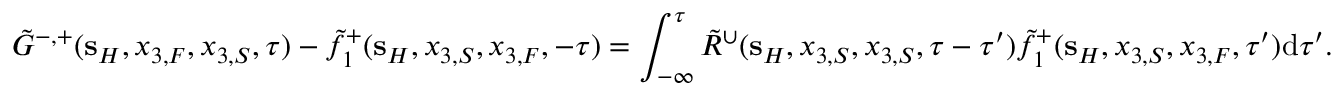
\tilde { G } ^ { - , + } ( { \bf s } _ { H } , x _ { 3 , F } , x _ { 3 , S } , \tau ) - \tilde { f } _ { 1 } ^ { + } ( { \bf s } _ { H } , x _ { 3 , S } , x _ { 3 , F } , - \tau ) = \int _ { - \infty } ^ { \tau } \tilde { R } ^ { \cup } ( { \bf s } _ { H } , x _ { 3 , S } , x _ { 3 , S } , \tau - \tau ^ { \prime } ) \tilde { f } _ { 1 } ^ { + } ( { \bf s } _ { H } , x _ { 3 , S } , x _ { 3 , F } , \tau ^ { \prime } ) \mathrm { d } \tau ^ { \prime } .